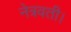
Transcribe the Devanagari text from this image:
नेत्रवती।